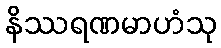
နိဿရဏမာဟံသု